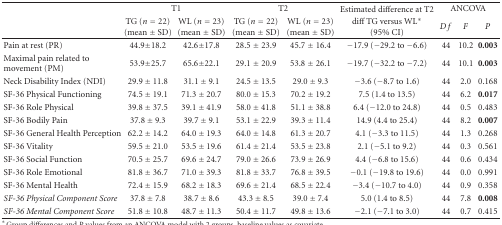
<table><thead><tr><td></td><td colspan="2"><b>T1</b></td><td colspan="2"><b>T2</b></td><td><b>Estimated difference at T2</b></td><td colspan="3"><b> ANCOVA</b></td></tr><tr><td></td><td><b>TG (<i>n</i> = 22)(mean ± SD)</b></td><td><b>WL (<i>n</i> = 23)(mean ± SD)</b></td><td><b>TG (<i>n</i> = 22)(mean ± SD)</b></td><td><b>WL (<i>n</i> = 23)(mean ± SD)</b></td><td><b>diff TG versus WL*(95% CI)</b></td><td><b><i>Df</i></b></td><td><b><i>F</i></b></td><td><b><i>P</i></b></td></tr></thead><tbody><tr><td>Pain at rest (PR)</td><td>44.9±18.2</td><td>42.6±17.8</td><td>28.5 ± 23.9</td><td>45.7 ± 16.4</td><td>−17.9 (−29.2 to −6.6)</td><td>44</td><td>10.2</td><td><b>0.003</b></td></tr><tr><td>Maximal pain related to movement (PM)</td><td>53.9±25.7</td><td>65.6±22.1</td><td>29.1 ± 20.9</td><td>53.8 ± 26.1</td><td>−19.7 (−32.2 to −7.2)</td><td>44</td><td>10.1</td><td><b>0.003</b></td></tr><tr><td>Neck Disability Index (NDI)</td><td>29.9 ± 11.8</td><td>31.1 ± 9.1</td><td>24.5 ± 13.5</td><td>29.0 ± 9.3</td><td>−3.6 (−8.7 to 1.6)</td><td>44</td><td>2.0</td><td>0.168</td></tr><tr><td>SF-36 Physical Functioning</td><td>74.5 ± 19.1</td><td>71.3 ± 20.7</td><td>80.0 ± 15.3</td><td>70.2 ± 19.2</td><td>7.5 (1.4 to 13.5)</td><td>44</td><td>6.2</td><td><b>0.017</b></td></tr><tr><td>SF-36 Role Physical</td><td>39.8 ± 37.5</td><td>39.1 ± 41.9</td><td>58.0 ± 41.8</td><td>51.1 ± 38.8</td><td>6.4 (−12.0 to 24.8)</td><td>44</td><td>0.5</td><td>0.483</td></tr><tr><td>SF-36 Bodily Pain</td><td>37.8 ± 9.3</td><td>39.7 ± 9.1</td><td>53.1 ± 22.9</td><td>39.3 ± 11.4</td><td>14.9 (4.4 to 25.4)</td><td>44</td><td>8.2</td><td><b>0.007</b></td></tr><tr><td>SF-36 General Health Perception</td><td>62.2 ± 14.2</td><td>64.0 ± 19.3</td><td>64.0 ± 14.8</td><td>61.3 ± 20.7</td><td>4.1 (−3.3 to 11.5)</td><td>44</td><td>1.3</td><td>0.268</td></tr><tr><td>SF-36 Vitality</td><td>59.5 ± 21.0</td><td>53.5 ± 19.6</td><td>61.4 ± 21.4</td><td>53.5 ± 23.8</td><td>2.1 (−5.1 to 9.2)</td><td>44</td><td>0.3</td><td>0.561</td></tr><tr><td>SF-36 Social Function</td><td>70.5 ± 25.7</td><td>69.6 ± 24.7</td><td>79.0 ± 26.6</td><td>73.9 ± 26.9</td><td>4.4 (−6.8 to 15.6)</td><td>44</td><td>0.6</td><td>0.434</td></tr><tr><td>SF-36 Role Emotional</td><td>81.8 ± 36.7</td><td>71.0 ± 39.3</td><td>81.8 ± 33.7</td><td>76.8 ± 39.5</td><td>−0.1 (−19.8 to 19.6)</td><td>44</td><td>0.0</td><td>0.991</td></tr><tr><td>SF-36 Mental Health</td><td>72.4 ± 15.9</td><td>68.2 ± 18.3</td><td>69.6 ± 21.4</td><td>68.5 ± 22.4</td><td>−3.4 (−10.7 to 4.0)</td><td>44</td><td>0.9</td><td>0.358</td></tr><tr><td><i>SF-36 Physical Component Score </i></td><td>37.8 ± 7.8</td><td>38.7 ± 8.6</td><td>43.3 ± 8.5</td><td>39.0 ± 7.4</td><td>5.0 (1.4 to 8.5)</td><td>44</td><td>7.8</td><td><b>0.008</b></td></tr><tr><td><i>SF-36 Mental Component Score</i></td><td>51.8 ± 10.8</td><td>48.7 ± 11.3</td><td>50.4 ± 11.7</td><td>49.8 ± 13.6</td><td>−2.1 (−7.1 to 3.0)</td><td>44</td><td>0.7</td><td>0.415</td></tr></tbody></table>